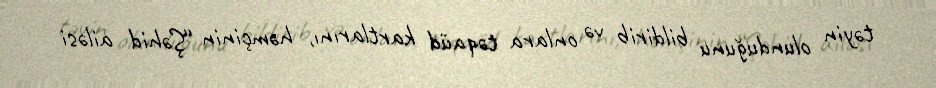
təyin olunduğunu bildirib və onlara təqaüd kartlarını, həmçinin “Şəhid ailəsi